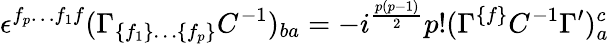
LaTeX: \epsilon^{f_{p}\ldots f_{1}f}(\Gamma_{\{ f_{1}\} \ldots\{ f_{p}\} }C^{-{1}})_{{ba}}=-i^{{{\frac{p(p-1)}{2}}}}p!(\Gamma^{\{ f\} }C^{-{1}}\Gamma^{\prime})_{a}^{c}